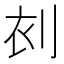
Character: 𠜆